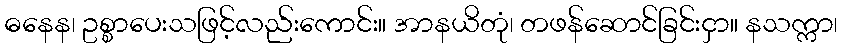
ဓနေန၊ ဥစ္စာပေးသဖြင့်လည်းကောင်း။ အာနယိတုံ၊ တဖန်ဆောင်ခြင်းငှာ။ နသက္ကာ၊